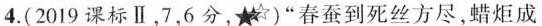
4.(2019课标Ⅱ，7，6分，★★☆)”春蚕到死丝方尽，蜡炬成